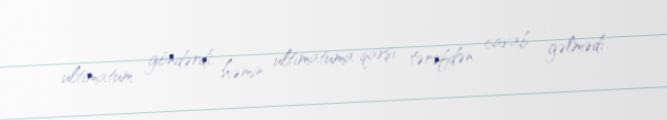
ultimatum göndərdi; həmin ultimatuma qarşı tərəfdən cavab gəlmədi.